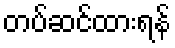
တပ်ဆင်ထားရန်